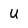
Character: U